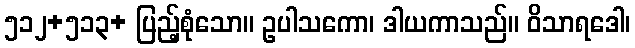
၅၁၂+၅၁၃+ ပြည့်စုံသော။ ဥပါသကော၊ ဒါယကာသည်။ ဝိသာရဒေါ၊